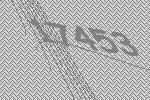
17453